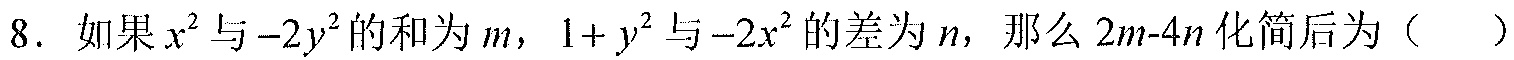
8. 如果\(x^{2}\)与\(-2y^{2}\)的和为\(m\)，\(1 + y^{2}\)与\(-2x^{2}\)的差为\(n\)，那么\(2m - 4n\)化简后为（  ）